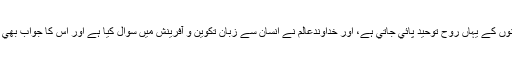
اس بنا پر تمام انسانوں كے يہاں روحِ توحيد پائي جاتي ہے، اور خداوندعالم نے انسان سے زبان تكوين و آفرينش ميں سوال كيا ہے اور اس كا جواب بھي اسي زبان ميں ہے۔